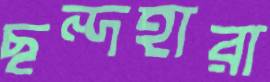
ছন্দহারা